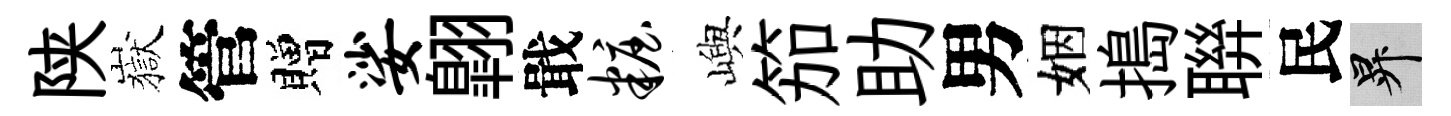
陕嶽管贈娑翺戢妆嶼笳助男姻搗聨民升